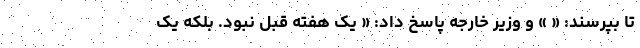
تا بپرسند: « » و وزیر خارجه پاسخ داد: « یک هفته قبل نبود. بلکه یک